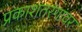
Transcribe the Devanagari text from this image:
प्रकाशतरंगांवर